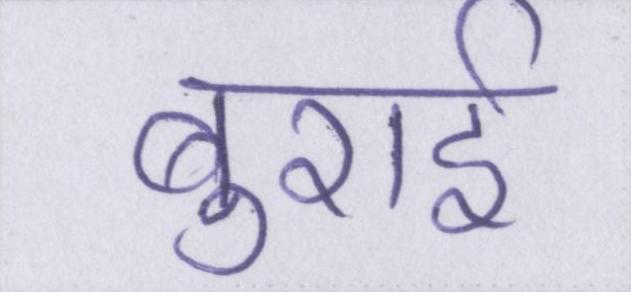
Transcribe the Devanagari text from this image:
बुराई